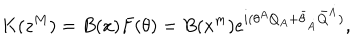
LaTeX: K ( z ^ { M } ) = B ( x ) F ( \theta ) = B ( x ^ { m } ) e ^ { i ( \theta ^ { A } Q _ { A } + \bar { \theta } _ { \dot { A } } \bar { Q } ^ { \dot { A } } ) } ,